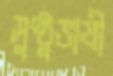
সুষ্ঠুভাষী